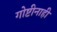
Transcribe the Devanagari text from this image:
गोष्टीनाही